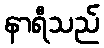
နာရီသည်